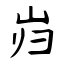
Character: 岿